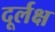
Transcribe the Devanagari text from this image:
दूर्लक्ष